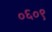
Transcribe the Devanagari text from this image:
०६०९